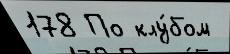
178 По клу́бом